Annual report of the Punjab Veterinary College and of the Civil Veterinary Department, Punjab - 1909-1919
Year: 1909
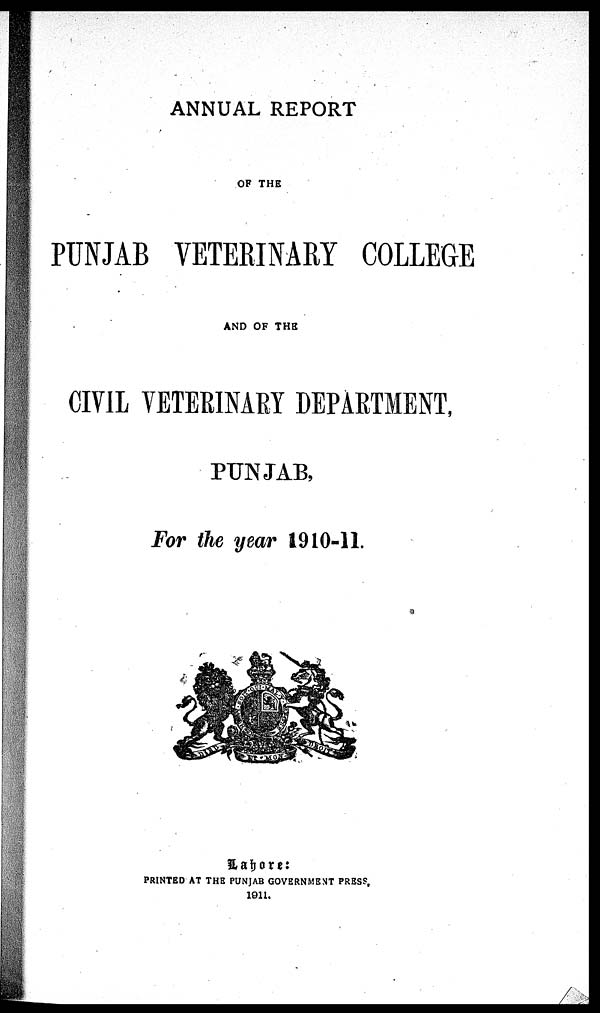
ANNUAL REPORT
OF THE
PUNJAB VETERINARY COLLEGE
AND OF THE
CIVIL VETERINARY DEPARTMENT,
PUNJAB,
For the year 1910-11.
Lahore:
PRINTED AT THE PUNJAB GOVERNMENT PRESS,
1911.